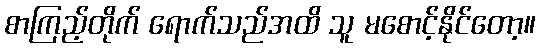
စာကြည့်တိုက် ရောက်သည်အထိ သူ မစောင့်နိုင်တော့။